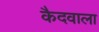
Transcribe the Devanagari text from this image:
कैदवाला